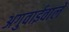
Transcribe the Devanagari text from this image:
अगुवाईवाले